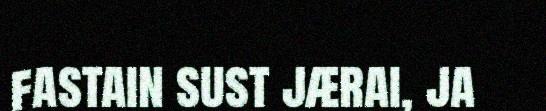
fastain sust jærai, ja